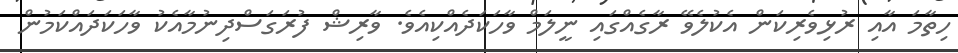
ހިތާމަ އާއި ރުޅިވެރިކަން އެކުލެވޭ ރާގެއްގައި ނީލަމް ވާހަކަދެއްކިއެވެ. ވާރިޝް ފުރަގަސްދިނުމާއެކު ވާހަކަދައްކަމުން